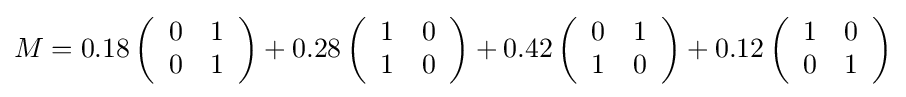
M=0.18\left({\begin{array}{cc}0&1\\0&1\end{array}}\right)+0.28\left({\begin{array}{cc}1&0\\1&0\end{array}}\right)+0.42\left({\begin{array}{cc}0&1\\1&0\end{array}}\right)+0.12\left({\begin{array}{cc}1&0\\0&1\end{array}}\right)